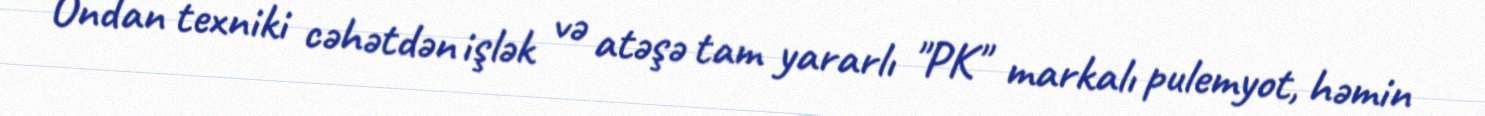
Ondan texniki cəhətdən işlək və atəşə tam yararlı "PK" markalı pulemyot, həmin